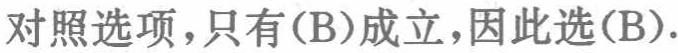
对照选项，只有\((B)\)成立，因此选\((B)\).